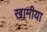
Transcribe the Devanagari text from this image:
खामीया